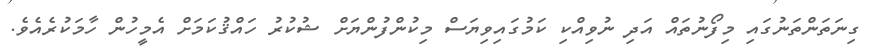
ގިނަތަންތަނުގައި މިފޯނުތައް އަދި ނުވިއްކި ކަމުގައިވިޔަސް މިކުންފުންޔަށް ޝުކުރު ހައްޤުކަމަށް އެމީހުން ހާމަކުރެއެވެ.